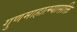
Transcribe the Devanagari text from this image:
गुणमाहात्म्यासक्ति